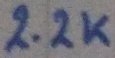
Text: 2.2K